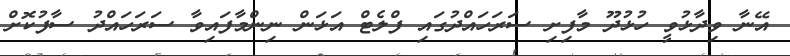
އޭނާ ވިދާޅުވީ ހުޅުދޫ މާފިށި ސަރަހައްދުގައި ފްލެޓް އަޅަން ނިންމާފައިވާ ސަރަހައްދު ސާފުކޮށް